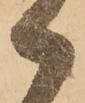
御